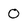
Character: 0